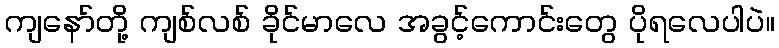
ကျနော်တို့ ကျစ်လစ် ခိုင်မာလေ အခွင့်ကောင်းတွေ ပိုရလေပါပဲ။